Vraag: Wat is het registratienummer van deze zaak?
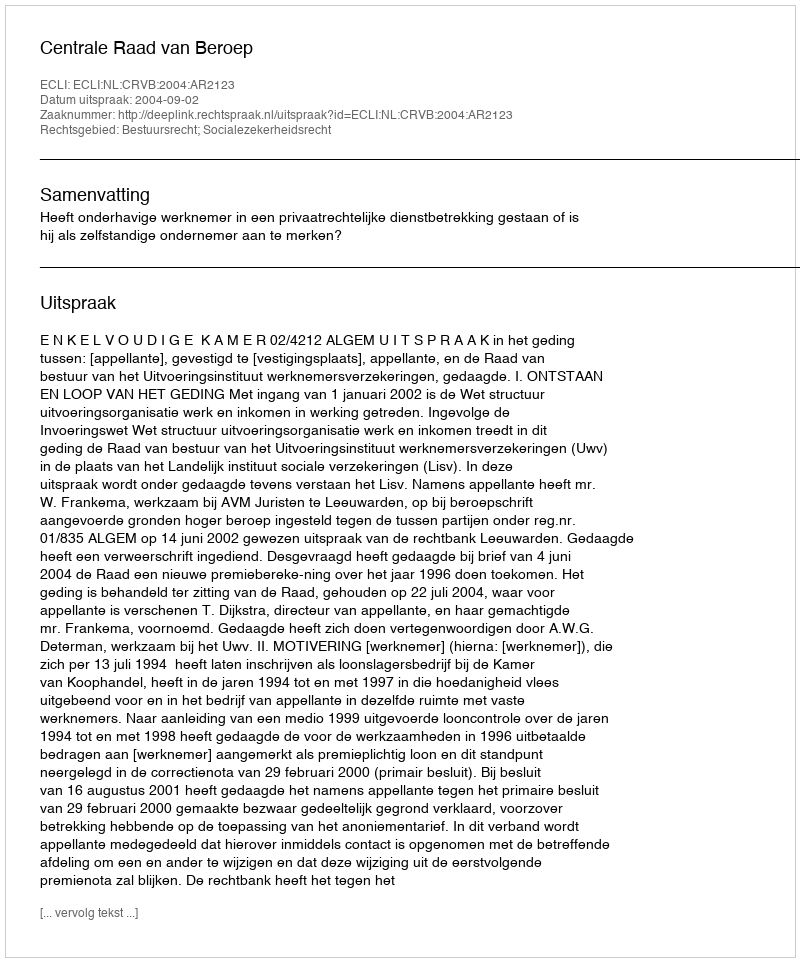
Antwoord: http://deeplink.rechtspraak.nl/uitspraak?id=ECLI:NL:CRVB:2004:AR2123